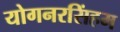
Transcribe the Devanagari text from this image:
योगनरसिंहम